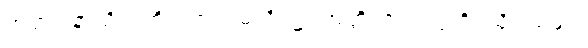
အတ္တုပနာယိတံတိ၊ ကား။ မယိ၊ ၌။ အတ္ထိ၊ ၏။ ဣတိ၊ သို့။ သမုဒါ